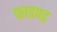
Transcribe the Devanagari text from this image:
फाइण्ड